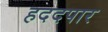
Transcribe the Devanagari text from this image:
हददपार